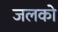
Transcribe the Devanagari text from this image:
जलको